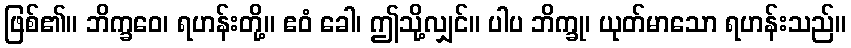
ဖြစ်၏။ ဘိက္ခဝေ၊ ရဟန်းတို့။ ဧဝံ ခေါ၊ ဤသို့လျှင်။ ပါပ ဘိက္ခု၊ ယုတ်မာသော ရဟန်းသည်။